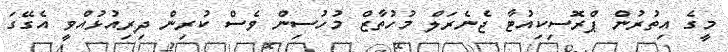
މީގެ އިތުރުން ޕްރޮސިކިއުޓާ ޖެނެރަލް މުހުތާޒް މުހުސިން ވެސް ކުރިން ދިރިއުޅުއްވީ އެގޭގަ